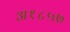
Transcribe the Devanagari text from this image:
अ१८५७